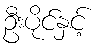
ဦးပိုင်နှင့်